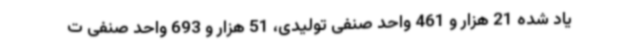
یاد شده 21 هزار و 461 واحد صنفی تولیدی، 51 هزار و 693 واحد صنفی ت